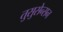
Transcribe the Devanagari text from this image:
तुसुसेन्सन